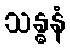
သန္ဓနံ